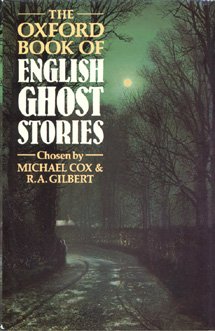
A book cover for The Oxford Book of English Ghost Stories; Michael Cox; Literature & Fiction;